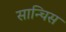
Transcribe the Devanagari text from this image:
सान्चिस